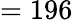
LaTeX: =196